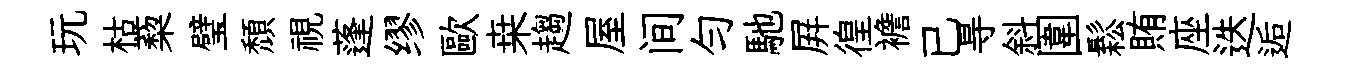
玩枯蔾璧頹視蓬缪歐桒趨屋间勻馳屛徨襜已㝵斜圍鬆賄座迭逅